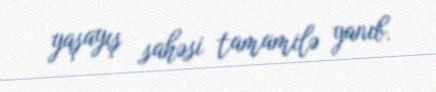
yaşayış sahəsi tamamilə yanıb.